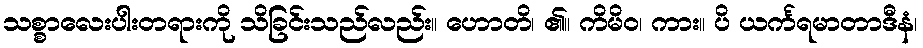
သစ္စာလေးပါးတရားကို သိခြင်းသည်လည်း။ ဟောတိ၊ ၏။ ကိမိဝ၊ ကား။ ပိ ယင်္ကရမာတာဒီနံ၊